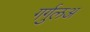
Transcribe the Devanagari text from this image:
गर्गुलअ